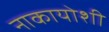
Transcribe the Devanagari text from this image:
नाकायोशी